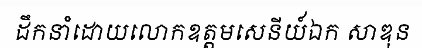
ដឹកនាំដោយលោកឧត្តមសេនីយ៍ឯក សាឌុន